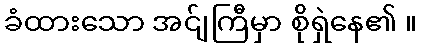
ခံထားသော အင်ျကြီမှာ စိုရှဲနေ၏ ။